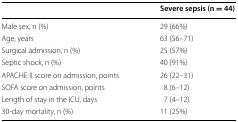
<table><thead><tr><td></td><td><b>Severe sepsis (n = 44)</b></td></tr></thead><tbody><tr><td>Male sex, n (%)</td><td>29 (66%)</td></tr><tr><td>Age, years</td><td>63 (56–71)</td></tr><tr><td>Surgical admission, n (%)</td><td>25 (57%)</td></tr><tr><td>Septic shock, n (%)</td><td>40 (91%)</td></tr><tr><td>APACHE II score on admission, points</td><td>26 (22–31)</td></tr><tr><td>SOFA score on admission, points</td><td>8 (6–12)</td></tr><tr><td>Length of stay in the ICU, days</td><td>7 (4–12)</td></tr><tr><td>30-day mortality, n (%)</td><td>11 (25%)</td></tr></tbody></table>